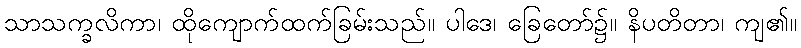
သာသက္ခလိကာ၊ ထိုကျောက်ထက်ခြမ်းသည်။ ပါဒေ၊ ခြေတော်၌။ နိပတိတာ၊ ကျ၏။